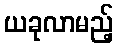
ယခုလာမည့်